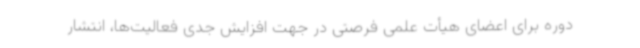
دوره برای اعضای هیأت علمی فرصتی در جهت افزایش جدی فعالیت‌ها، انتشار